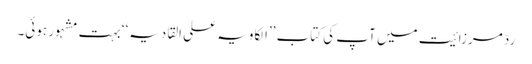
ردّ مرزائیت میں آپ کی کتاب ’’الکاویہ علی القادیہ‘‘ بہت مشہور ہوئی۔